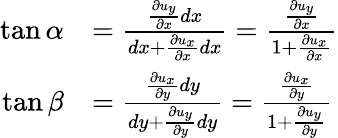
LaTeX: {\begin{array}{rl}{\tan\alpha}&{={\frac{{\frac{\partial u_{y}}{\partial x}}dx}{dx+{\frac{\partial u_{x}}{\partial x}}dx}}={\frac{\frac{\partial u_{y}}{\partial x}}{1+{\frac{\partial u_{x}}{\partial x}}}}}\\ {\tan\beta}&{={\frac{{\frac{\partial u_{x}}{\partial y}}dy}{dy+{\frac{\partial u_{y}}{\partial y}}dy}}={\frac{\frac{\partial u_{x}}{\partial y}}{1+{\frac{\partial u_{y}}{\partial y}}}}}\end{array}}